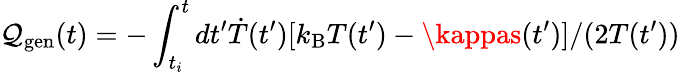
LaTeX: \mathcal{Q}_{\mathrm{{gen}}}(t)=-\int_{t_{i}}^{t}dt^{\prime}\dot{{T}}(t^{\prime})[k_{\mathrm{{B}}}T(t^{\prime})-\kappas(t^{\prime})]/(2T(t^{\prime}))